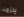
يلزمنا